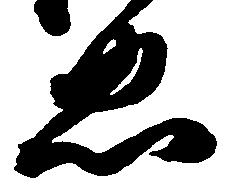
忠